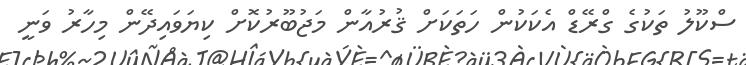
ސްކޫލު ތަކުގެ ގްރޭޑް އެކަކުން ހަތަކަށް ޤުރުއާން މަޖުބޫރުކޮށް ކިޔަވައިދޭން މިހާރު ވަނީ